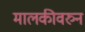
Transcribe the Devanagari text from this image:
मालकीवरुन